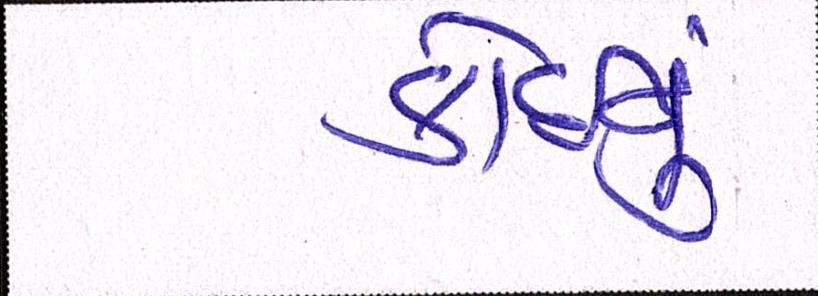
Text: કોઈનું